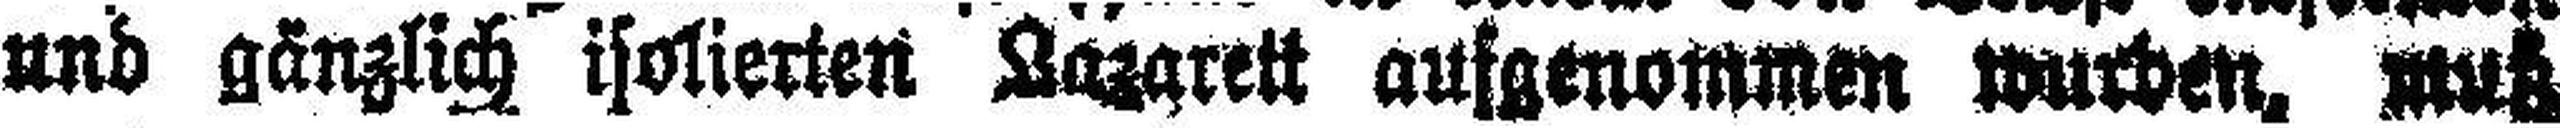
und gänzlich isolierten Lazarett aufgenommen wurden, muß